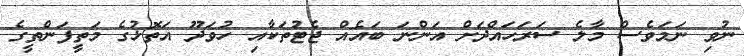
ނުވި ނަމަވެސް މާލެ ސަރަހައްދަށް އަންނަ ބައެއް ޖެޓުތަކާއި ހުވަދޫ އަތޮޅުގެ މަތީފަންތީގެ